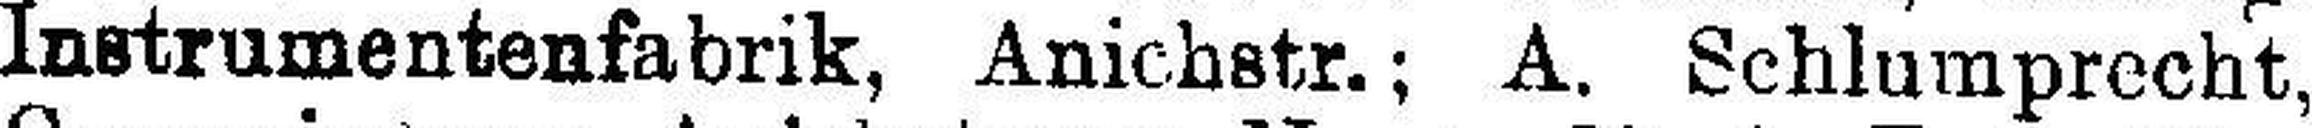
Instrumentenfabrik, Anichstr.; A. Schlumprecht,